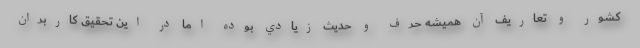
كشور و تعاريف آن هميشه حرف و حديث زيادي بوده اما در اين تحقيق كاربران